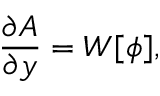
\frac { \partial A } { \partial y } = W [ \phi ] ,